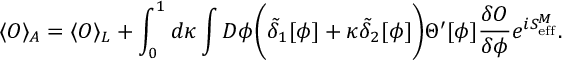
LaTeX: \langle { \cal O } \rangle _ { A } = \langle { \cal O } \rangle _ { L } + \int _ { 0 } ^ { 1 } d \kappa \int D \phi \biggl ( \tilde { \delta } _ { 1 } [ \phi ] + \kappa \tilde { \delta } _ { 2 } [ \phi ] \biggr ) \Theta ^ { \prime } [ \phi ] { \frac { \delta { \cal O } } { \delta \phi } } e ^ { i S _ { \mathrm { e f f } } ^ { M } } .